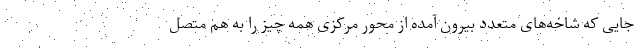
جایی که شاخه‌های متعدد بیرون آمده از محور مرکزی همه چیز را به هم متصل